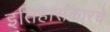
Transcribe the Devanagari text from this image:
इतिहासकारचे